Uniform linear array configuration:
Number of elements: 16
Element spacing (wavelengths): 0.25
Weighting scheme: hann
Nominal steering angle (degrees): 60
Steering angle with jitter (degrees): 61.858
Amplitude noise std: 0.05
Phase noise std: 0.05

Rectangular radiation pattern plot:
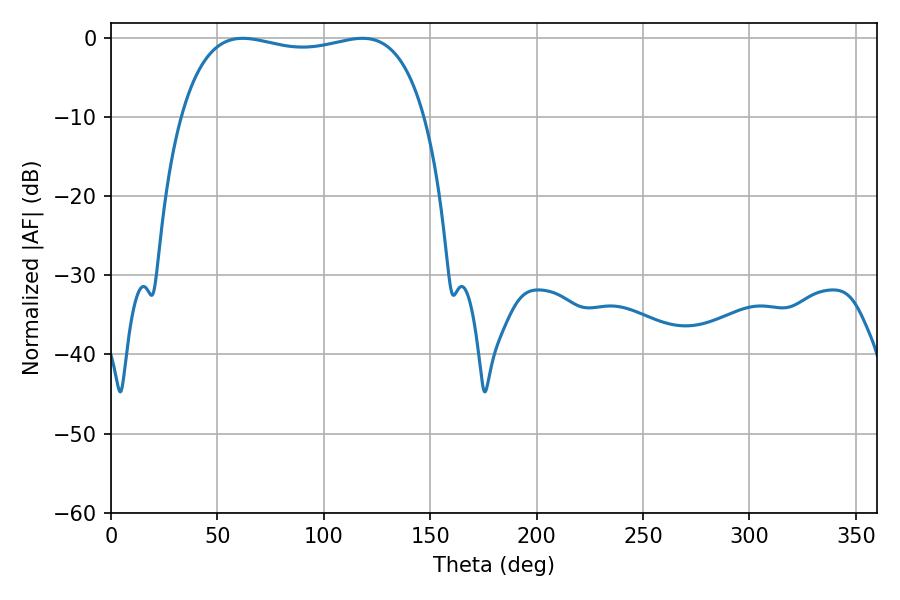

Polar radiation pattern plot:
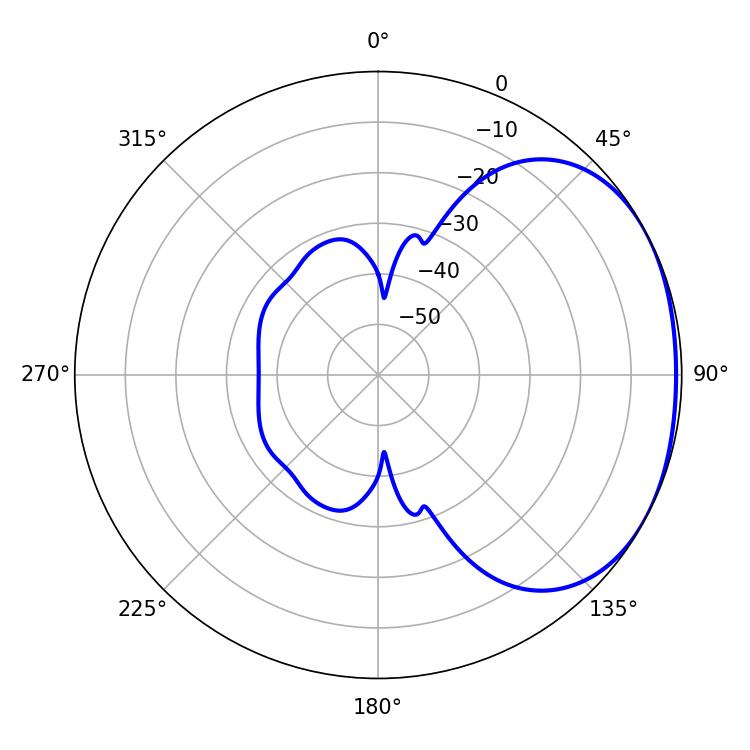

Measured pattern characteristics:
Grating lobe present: FALSE
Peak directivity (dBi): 1.803
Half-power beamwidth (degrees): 92.88
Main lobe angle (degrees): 61.92